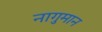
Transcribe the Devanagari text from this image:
नागुमान